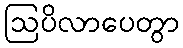
ဩပိလာပေတွာ